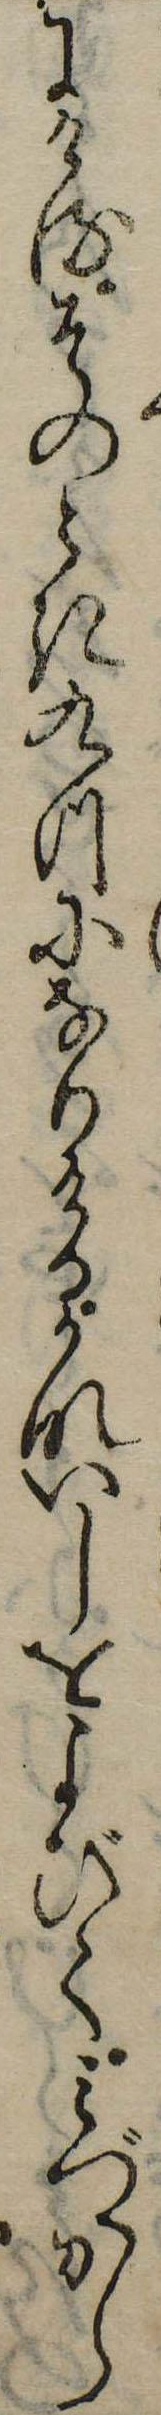
にけるそのとき九つになりけるかないしをよびてみづから